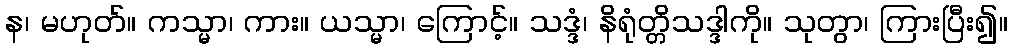
န၊ မဟုတ်။ ကသ္မာ၊ ကား။ ယသ္မာ၊ ကြောင့်။ သဒ္ဒံ၊ နိရုံတ္တိသဒ္ဒါကို။ သုတွာ၊ ကြားပြီး၍။